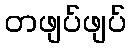
တဖျပ်ဖျပ်